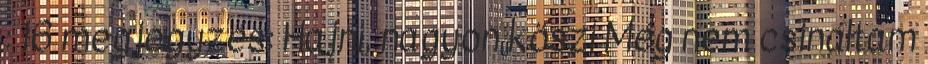
: 16 megjegyzés: Hajni, nagyon köszi Még nem csináltam